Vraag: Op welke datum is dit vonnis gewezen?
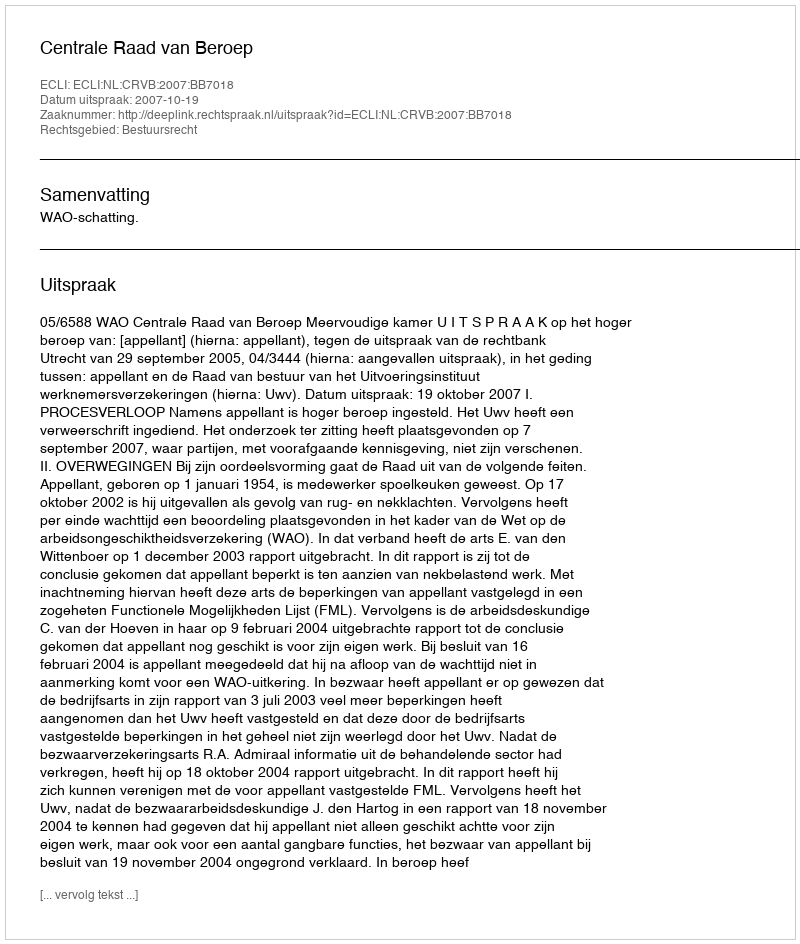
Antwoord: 2007-10-19